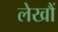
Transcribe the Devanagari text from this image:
लेखौं